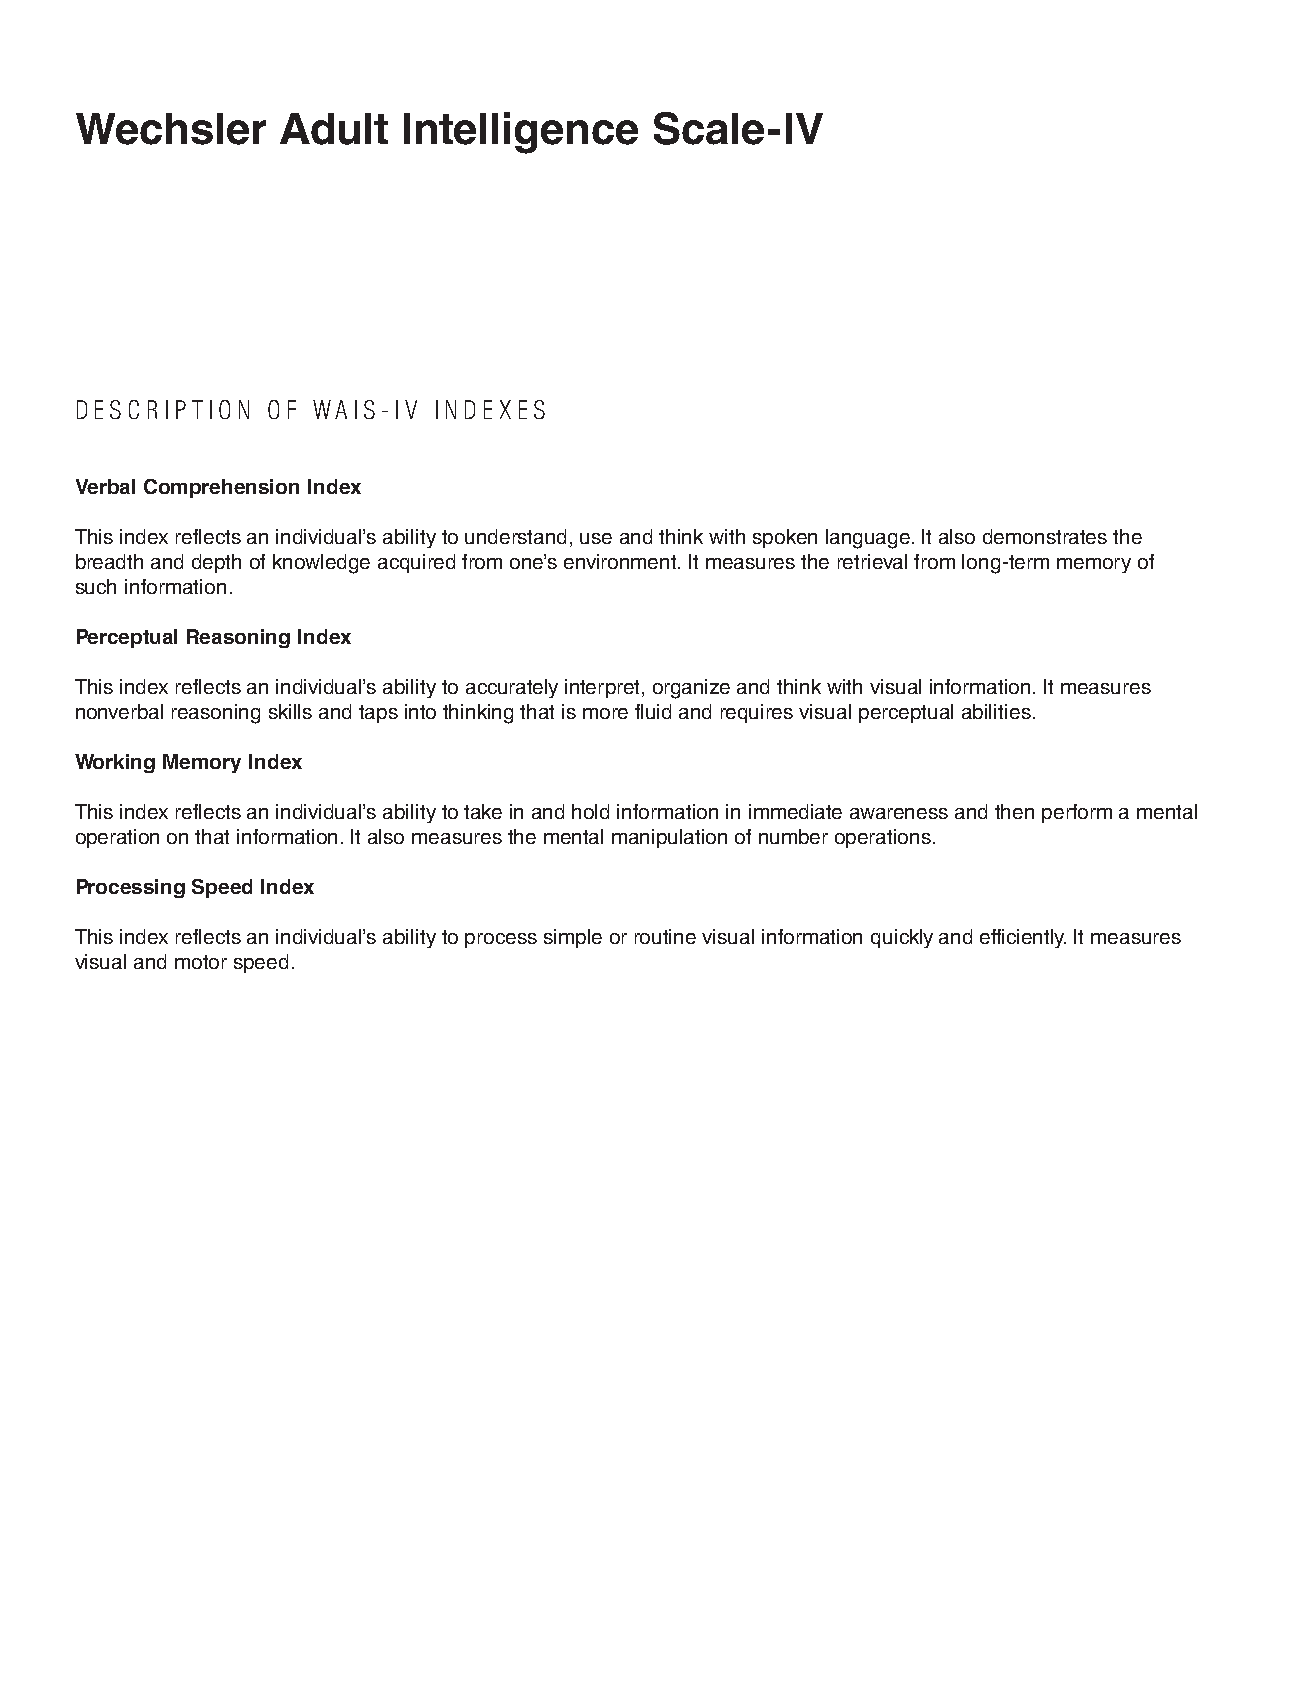
Wechsler     Adult    Intelligence    Scale-IV
 DESCRIPTION  OF WAIS-IV INDEXES
 Verbal Comprehension Index
 This index reflects an individual’s ability to understand, use and think with spoken language. It also demonstrates the
 breadth and depth of knowledge acquired from one’s environment. It measures the retrieval from long-term memory of
 such information.
 Perceptual Reasoning Index
 This index reflects an individual’s ability to accurately interpret, organize and think with visual information. It measures
 nonverbal reasoning skills and taps into thinking that is more fluid and requires visual perceptual abilities.
 Working Memory Index
 This index reflects an individual’s ability to take in and hold information in immediate awareness and then perform a mental
 operation on that information. It also measures the mental manipulation of number operations.
 Processing Speed Index
 This index reflects an individual’s ability to process simple or routine visual information quickly and efficiently. It measures
 visual and motor speed.